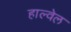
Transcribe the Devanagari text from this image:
हाल्वेल